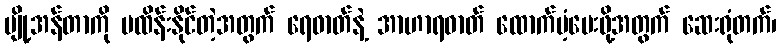
ပျို့အန်တာကို မထိန်းနိုင်တဲ့အတွက် ရေဓာတ်နဲ့ အာဟာရဓာတ် ထောက်ပံ့ပေးဖို့အတွက် ဆေးရုံတက်၊